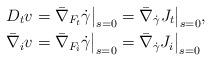
LaTeX: \begin{align*}D_t v &= \bar\nabla_{F_t} \dot\gamma \big|_{s=0} = \bar\nabla_{\dot\gamma} J_t \big|_{s=0},\\\bar\nabla_i v &= \bar\nabla_{F_i} \dot\gamma \big|_{s=0} = \bar\nabla_{\dot\gamma} J_i \big|_{s=0}\end{align*}